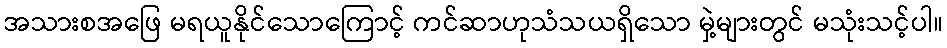
အသားစအဖြေ မရယူနိုင်သောကြောင့် ကင်ဆာဟုသံသယရှိသော မှဲ့များတွင် မသုံးသင့်ပါ။